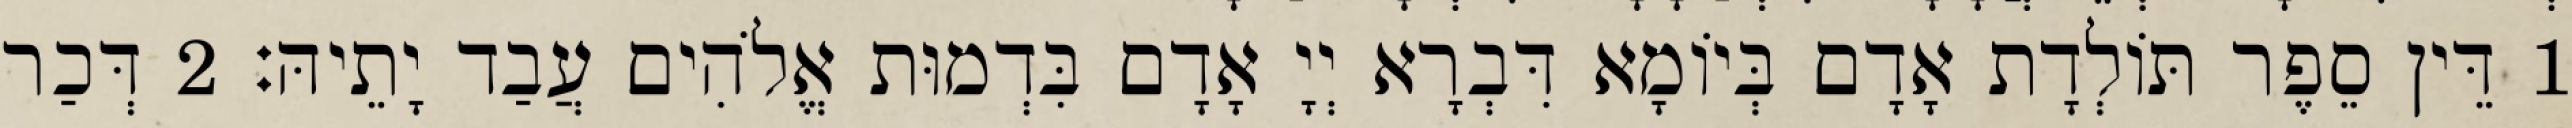
1 דֵּין סֵפֶר תּוֹלְדָת אָדָם בְּיוֹמָא דִּבְרָא יְיָ אָדָם בִּדְמוּת אֱלֹהִים עֲבַד יָתֵיהּ׃ 2 דְּכַר